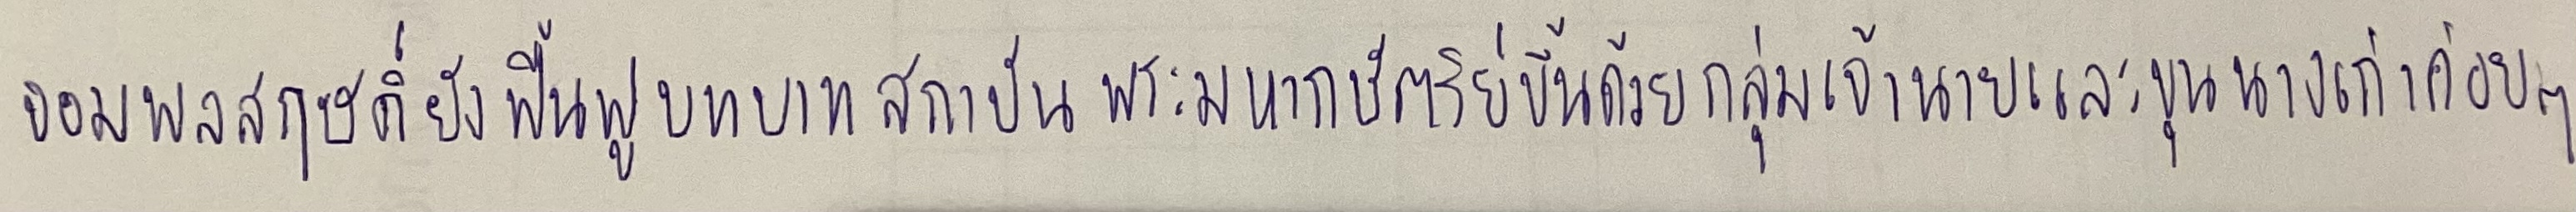
จอมพลสฤษดิ์ยังฟื้นฟูบทบาทสถาบันพระมหากษัตริย์ขึ้นด้วยกลุ่มเจ้านายและขุนนางเก่าค่อยๆ